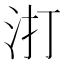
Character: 𭯾